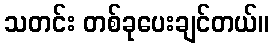
သတင်း တစ်ခုပေးချင်တယ်။